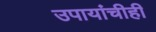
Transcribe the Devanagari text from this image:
उपायांचीही